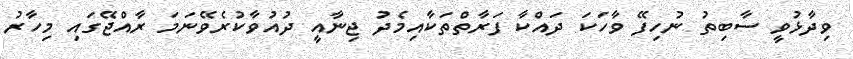
ވިދާޅުވީ ސާބިތު ނުހިފޭ ވާހަކަ ދައްކާ ފަރާތްތަކާއިމެދު ޖިނާއީ ދުއުވާކުރެވޭނަމަ ރާއްޖޭގައި މިހާރު